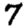
Digit: 7